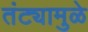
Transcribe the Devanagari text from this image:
तंट्यामुळे